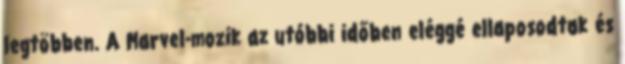
legtöbben. A Marvel-mozik az utóbbi időben eléggé ellaposodtak és